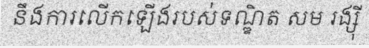
នឹងការលើកឡើងរបស់ទណ្ឌិត សម រង្ស៊ី